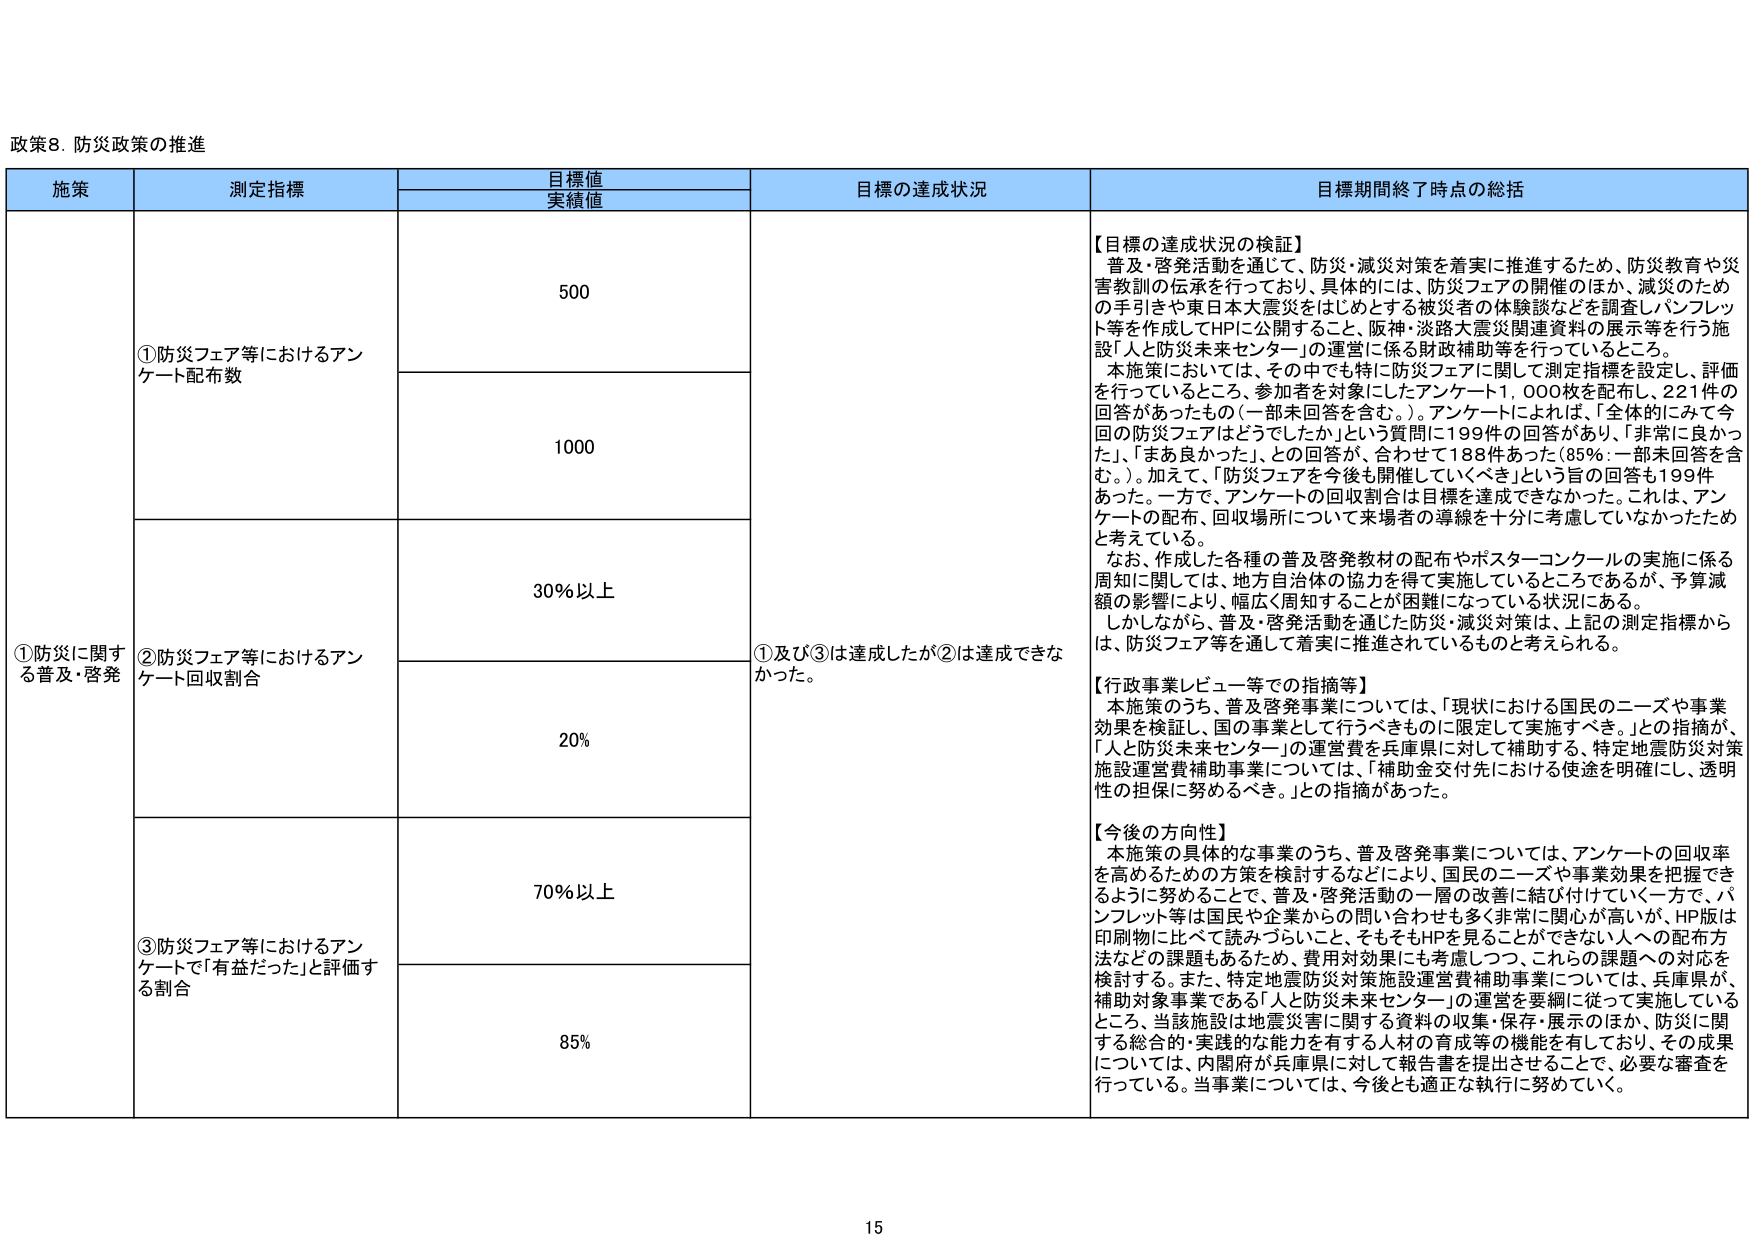
政策8. 防災政策の推進

施策	測定指標	目標値 実績値	目標の達成状況	目標期間終了時点の総括
①防災に関する普及・啓発	①防災フェア等におけるアンケート配布数	500	①及び③は達成したが②は達成できなかった。	【目標の達成状況の検証】 普及・啓発活動を通じて、防災・減災対策を着実に推進するため、防災教育や災害教訓の伝承を行っており、具体的には、防災フェアの開催のほか、減災のための手引きや東日本大震災をはじめとする被災者の体験談などを調査しパンフレット等を作成してHPに公開すること、阪神・淡路大震災関連資料の展示等を行う施設「人と防災未来センター」の運営に係る財政補助等を行っているところ。 本施策においては、その中でも特に防災フェアに関して測定指標を設定し、評価を行っているところ、参加者を対象にしたアンケート1,000枚を配布し、221件の回答があったもの（一部未回答を含む。）。アンケートによれば、「全体的にみて今回の防災フェアはどうでしたか」という質問に199件の回答があり、「非常に良かった」、「まあ良かった」との回答が、合わせて188件あった（85％：一部未回答を含む。）。加えて、「防災フェアを今後も開催していくべき」という旨の回答も199件あった。一方で、アンケートの回収割合は目標を達成できなかった。これは、アンケートの配布、回収場所について来場者の導線を十分に考慮していなかったためと考えている。 なお、作成した各種の普及啓発教材の配布やポスターコンクールの実施に係る周知に関しては、地方自治体の協力を得て実施しているところであるが、予算減額の影響により、幅広く周知することが困難になっている状況にある。 しかしながら、普及・啓発活動を通じた防災・減災対策は、上記の測定指標からは、防災フェア等を通して着実に推進されているものと考えられる。 【行政事業レビュー等での指摘等】 本施策のうち、普及啓発事業については、「現状における国民のニーズや事業効果を検証し、国の事業として行うべきものに限定して実施すべき。」との指摘が、「人と防災未来センター」の運営費を兵庫県に対して補助する、特定地震防災対策施設運営費補助事業については、「補助金交付先における使途を明確にし、透明性の担保に努めるべき。」との指摘があった。 【今後の方向性】 本施策の具体的な事業のうち、普及啓発事業については、アンケートの回収率を高めるための方策を検討するなどにより、国民のニーズや事業効果を把握できるように努めることで、普及・啓発活動の一層の改善に結び付けていく一方で、パンフレット等は国民や企業からの問い合わせも多く非常に関心が高いが、HP版は印刷物に比べて読みづらいこと、そもそもHPを見ることができない人への配布方法などの課題もあるため、費用対効果にも考慮しつつ、これらの課題への対応を検討する。また、特定地震防災対策施設運営費補助事業については、兵庫県が、補助対象事業である「人と防災未来センター」の運営を要綱に従って実施しているところ、当該施設は地震災害に関する資料の収集・保存・展示のほか、防災に関する総合的・実践的な能力を有する人材の育成等の機能を有しており、その成果については、内閣府が兵庫県に対して報告書を提出させることで、必要な審査を行っている。当事業については、今後とも適正な執行に努めていく。
		1000
	②防災フェア等におけるアンケート回収割合	30％以上
		20％
	③防災フェア等におけるアンケートで「有益だった」と評価する割合	70％以上
		85％

15